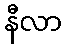
နီလာ